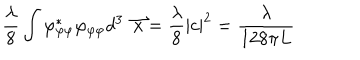
LaTeX: \frac { \lambda } { 8 } \int \varphi _ { \varphi \varphi } ^ { * } \varphi _ { \varphi \varphi } d ^ { 3 } \stackrel { \rightharpoonup } { x } = \frac { \lambda } { 8 } | c | ^ { 2 } = \frac { \lambda } { 1 2 8 \pi L }